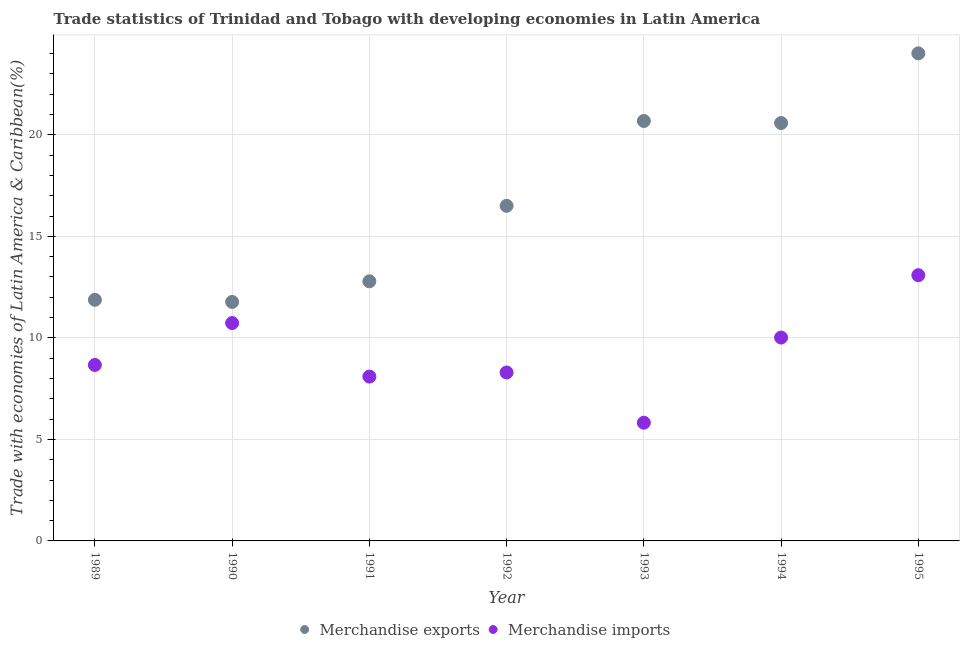
| Year | Merchandise exports | Merchandise imports |
 | --- | --- | --- |
 | 1989 | 11.9 | 8.67 |
 | 1990 | 11.8 | 10.7 |
 | 1991 | 12.8 | 8.09 |
 | 1992 | 16.5 | 8.3 |
 | 1993 | 20.7 | 5.82 |
 | 1994 | 20.6 | 10 |
 | 1995 | 24 | 13.1 |